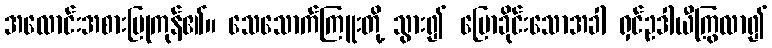
အလောင်းအစားပြုကုန်၏။ သေသောက်ကြူးတို့ သွား၍ ပြောခိုင်းသောအခါ ရှင်ဥဒါယီကြွလာ၍